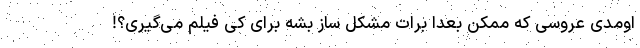
اومدی عروسی که ممکن بعدا برات مشکل ساز بشه برای کی فیلم می‌گیری؟!